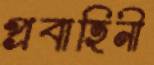
প্রবাহিনী